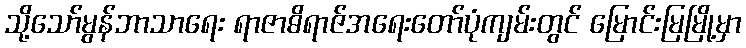
သို့သော်မွန်ဘာသာရေး ရာဇာဓိရာဇ်အရေးတော်ပုံကျမ်းတွင် မြောင်းမြမြို့မှာ